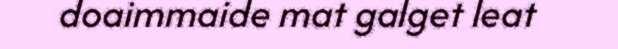
doaimmaide mat galget leat